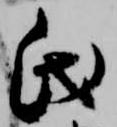
氏